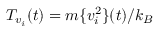
{ \cal T } _ { v _ { i } } ( t ) = m \{ v _ { i } ^ { 2 } \} ( t ) / k _ { B }